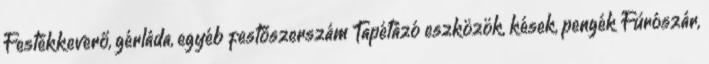
Festékkeverő, gérláda, egyéb festőszerszám Tapétázó eszközök, kések, pengék Fúrószár,